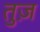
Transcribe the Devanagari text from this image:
तुज़